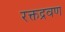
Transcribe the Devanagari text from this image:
रक्तद्रवण